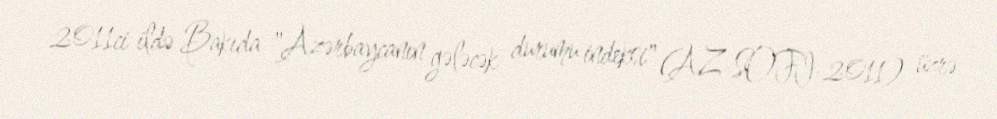
2011ci ildə Bakıda "Azərbaycanın gələcək durumu indeksi" (AZ-SOFI-2011) üzrə